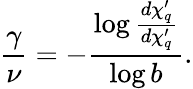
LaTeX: \frac{\gamma}{\nu}=-\frac{\log\frac{d\chi_{q}^{\prime}}{d\chi_{q}^{\prime}}}{\log b}.